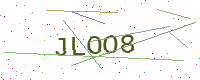
Text: JLOO8